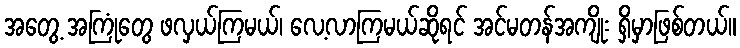
အတွေ့ အကြုံတွေ ဖလှယ်ကြမယ်၊ လေ့လာကြမယ်ဆိုရင် အင်မတန်အကျိုး ရှိမှာဖြစ်တယ်။